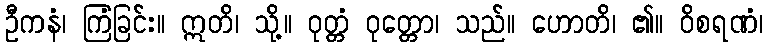
ဦကနံ၊ ကြံခြင်း။ ဣတိ၊ သို့။ ဝုတ္တံ ဝုတ္တော၊ သည်။ ဟောတိ၊ ၏။ ဝိစရဏံ၊